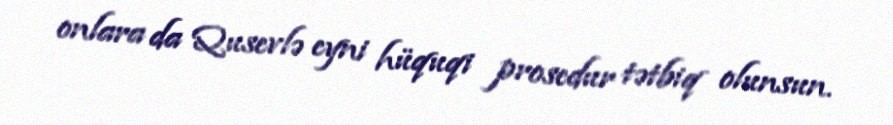
onlara da Qusevlə eyni hüquqi prosedur tətbiq olunsun.